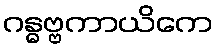
ဂန္ဓဗ္ဗကာယိကေ